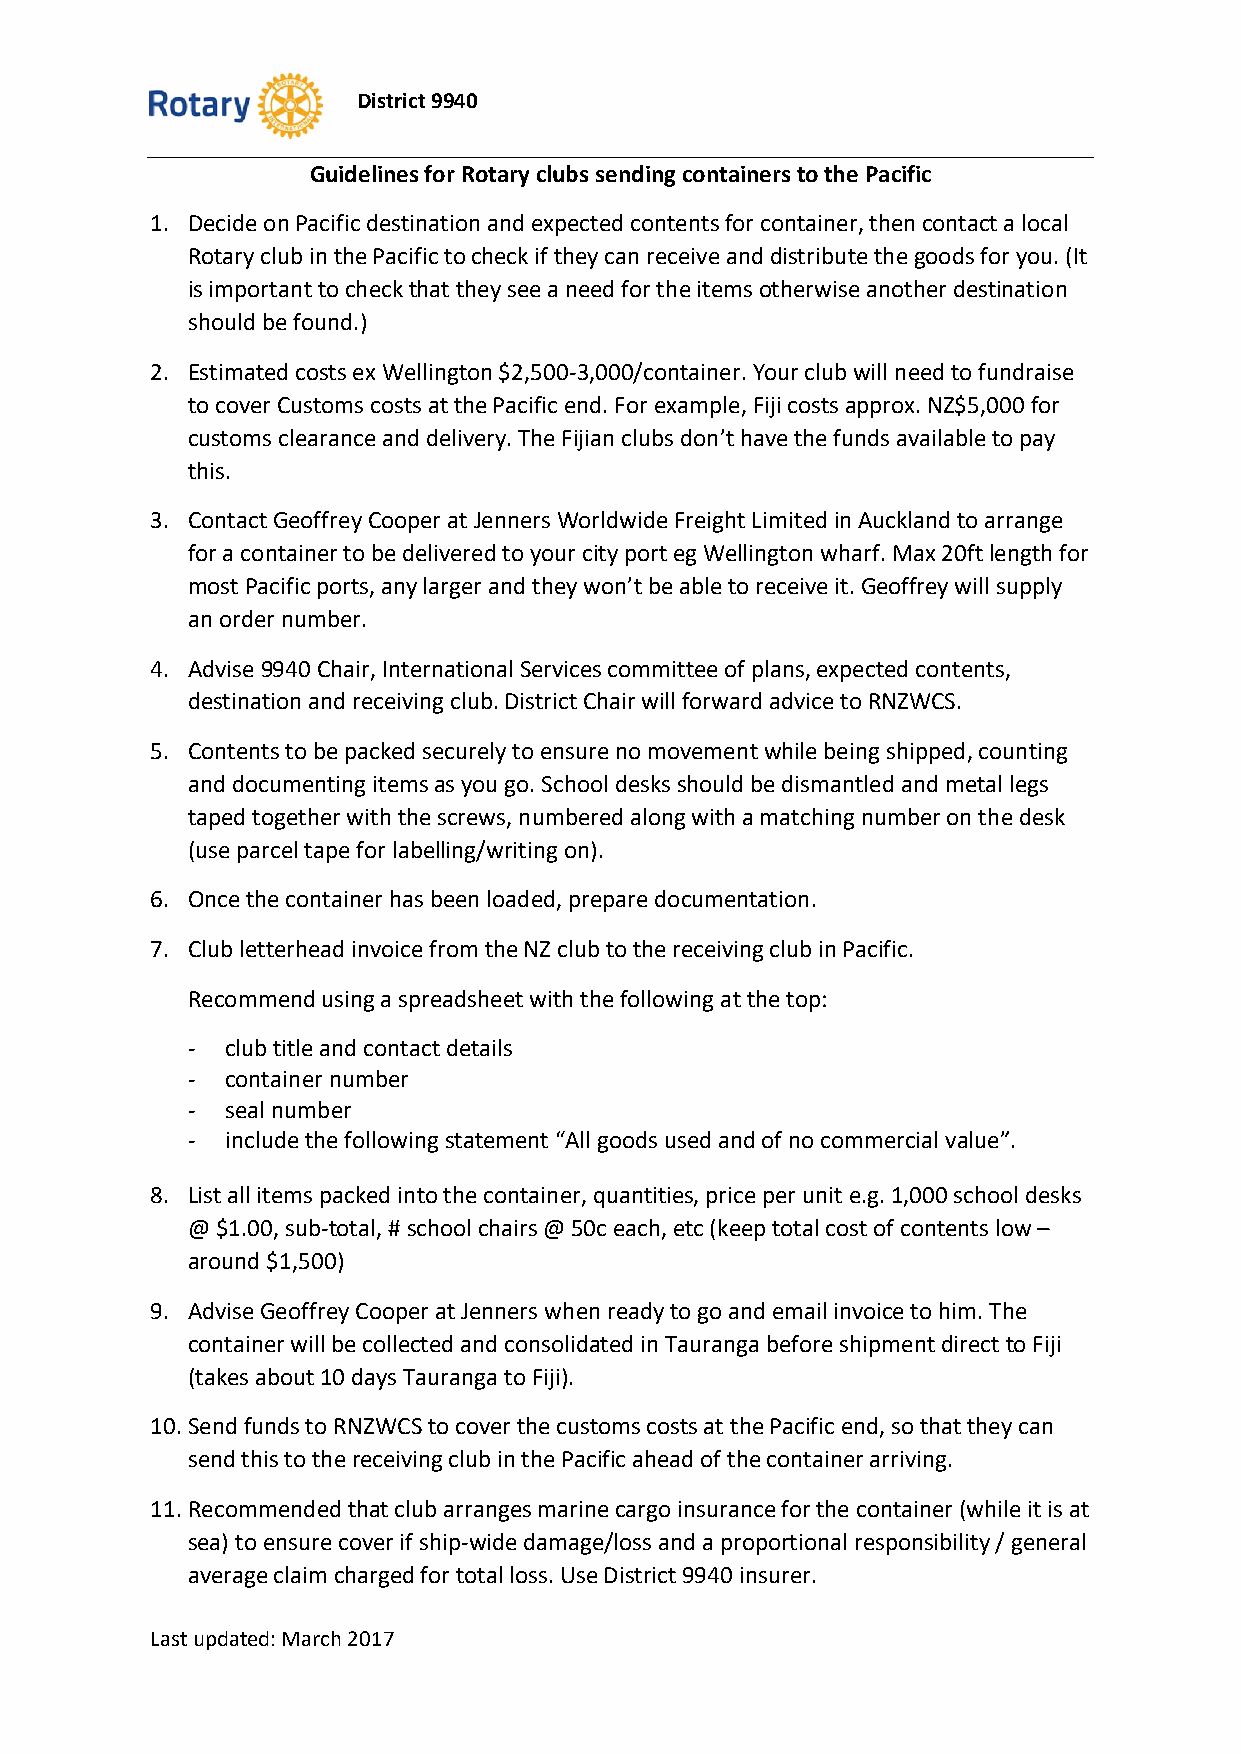
District 9940
 Guidelines for Rotary clubs sending containers to the Pacific
 1. Decide on Pacific destination and expected contents for container, then contact a local
 Rotary club in the Pacific to check if they can receive and distribute the goods for you. (It
 is important to check that they see a need for the items otherwise another destination
 should be found.)
 2. Estimated costs ex Wellington $2,500-3,000/container. Your club will need to fundraise
 to cover Customs costs at the Pacific end. For example, Fiji costs approx. NZ$5,000 for
 customs clearance and delivery. The Fijian clubs don’t have the funds available to pay
 this.
 3. Contact Geoffrey Cooper at Jenners Worldwide Freight Limited in Auckland to arrange
 for a container to be delivered to your city port eg Wellington wharf. Max 20ft length for
 most Pacific ports, any larger and they won’t be able to receive it. Geoffrey will supply
 an order number.
 4. Advise 9940 Chair, International Services committee of plans, expected contents,
 destination and receiving club. District Chair will forward advice to RNZWCS.
 5. Contents to be packed securely to ensure no movement while being shipped, counting
 and documenting items as you go. School desks should be dismantled and metal legs
 taped together with the screws, numbered along with a matching number on the desk
 (use parcel tape for labelling/writing on).
 6. Once the container has been loaded, prepare documentation.
 7. Club letterhead invoice from the NZ club to the receiving club in Pacific.
 Recommend using a spreadsheet with the following at the top:
 -  club title and contact details
 -  container number
 -  seal number
 -  include the following statement “All goods used and of no commercial value”.
 8. List all items packed into the container, quantities, price per unit e.g. 1,000 school desks
 @ $1.00, sub-total, # school chairs @ 50c each, etc (keep total cost of contents low –
 around $1,500)
 9. Advise Geoffrey Cooper at Jenners when ready to go and email invoice to him. The
 container will be collected and consolidated in Tauranga before shipment direct to Fiji
 (takes about 10 days Tauranga to Fiji).
 10. Send funds to RNZWCS to cover the customs costs at the Pacific end, so that they can
 send this to the receiving club in the Pacific ahead of the container arriving.
 11. Recommended that club arranges marine cargo insurance for the container (while it is at
 sea) to ensure cover if ship-wide damage/loss and a proportional responsibility / general
 average claim charged for total loss. Use District 9940 insurer.
 Last updated: March 2017